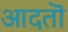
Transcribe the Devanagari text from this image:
आदतॊं